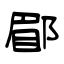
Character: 郿